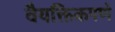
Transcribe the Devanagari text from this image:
वैयक्तिकपणे